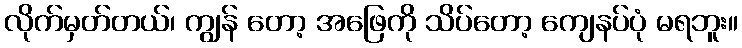
လိုက်မှတ်တယ်၊ ကျွန် တော့ အဖြေကို သိပ်တော့ ကျေနပ်ပုံ မရဘူး။